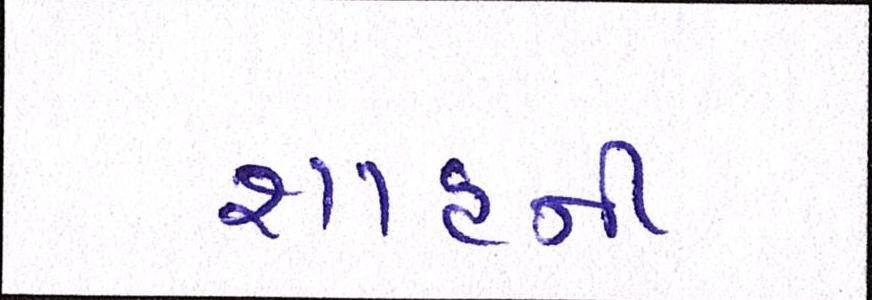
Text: શાહની